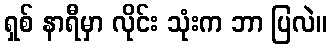
ရှစ် နာရီမှာ လိုင်း သုံးက ဘာ ပြလဲ။